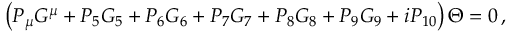
\left( P _ { \mu } G ^ { \mu } + P _ { 5 } G _ { 5 } + P _ { 6 } G _ { 6 } + P _ { 7 } G _ { 7 } + P _ { 8 } G _ { 8 } + P _ { 9 } G _ { 9 } + i P _ { 1 0 } \right) \Theta = 0 \, ,